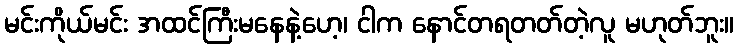
မင်းကိုယ်မင်း အထင်ကြီးမနေနဲ့ဟေ့၊ ငါက နောင်တရတတ်တဲ့လူ မဟုတ်ဘူး။